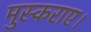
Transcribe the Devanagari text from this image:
मुस्कराए।